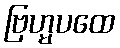
ဗြဟ္မပထေ